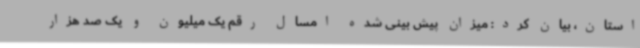
استان، بیان کرد: میزان پیش بینی شده امسال رقم یک میلیون و یک صد هزار